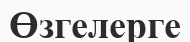
Өзгелерге